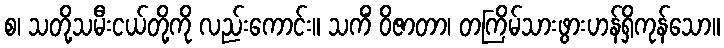
စ၊ သတို့သမီးငယ်တို့ကို လည်းကောင်း။ သကိံ ဝိဇာတာ၊ တကြိမ်သားဖွားဟန်ရှိကုန်သော။